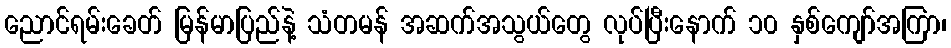
ညောင်ရမ်းခေတ် မြန်မာပြည်နဲ့ သံတမန် အဆက်အသွယ်တွေ လုပ်ပြီးနောက် ၁၀ နှစ်ကျော်အကြာ၊